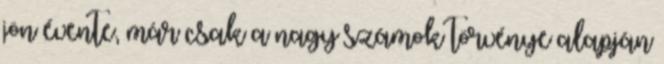
jön évente, már csak a nagy számok törvénye alapján